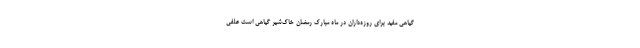
گیاهی مفید برای روزه‌داران در ماه مبارک رمضان خاک‌شیر گیاهی است علفی